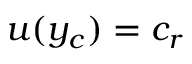
u ( y _ { c } ) = c _ { r }